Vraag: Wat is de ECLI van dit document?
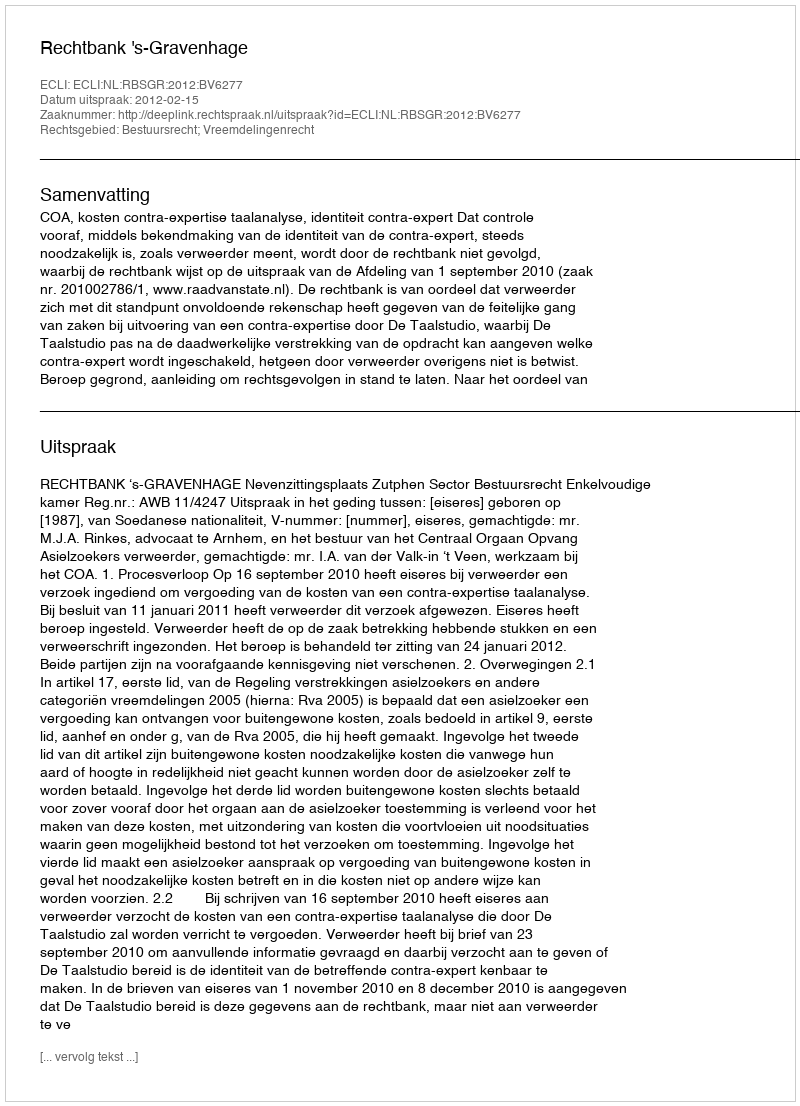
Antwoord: ECLI:NL:RBSGR:2012:BV6277